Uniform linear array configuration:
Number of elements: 24
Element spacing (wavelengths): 0.25
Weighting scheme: exponential
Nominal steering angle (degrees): -45
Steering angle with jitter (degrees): -43.957
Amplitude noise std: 0.05
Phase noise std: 0.05

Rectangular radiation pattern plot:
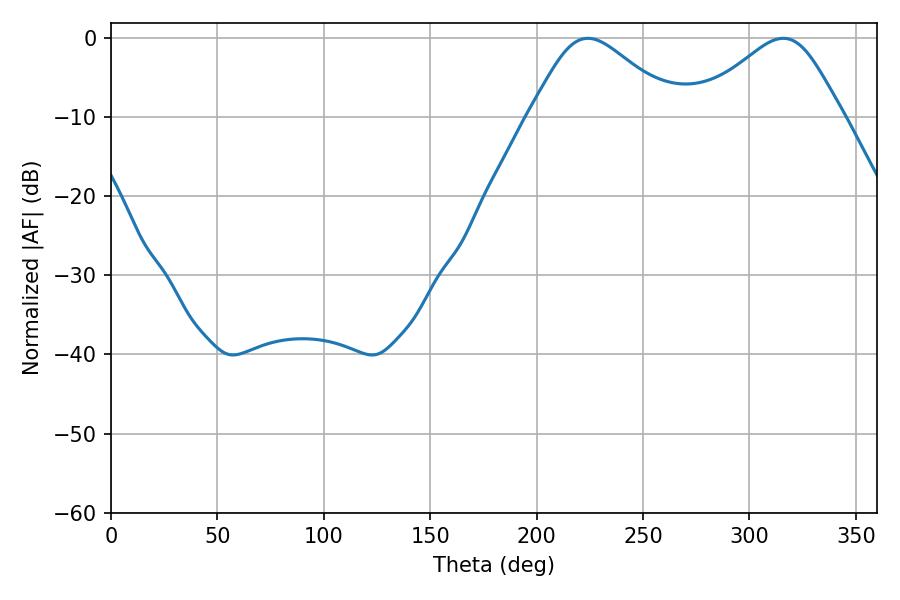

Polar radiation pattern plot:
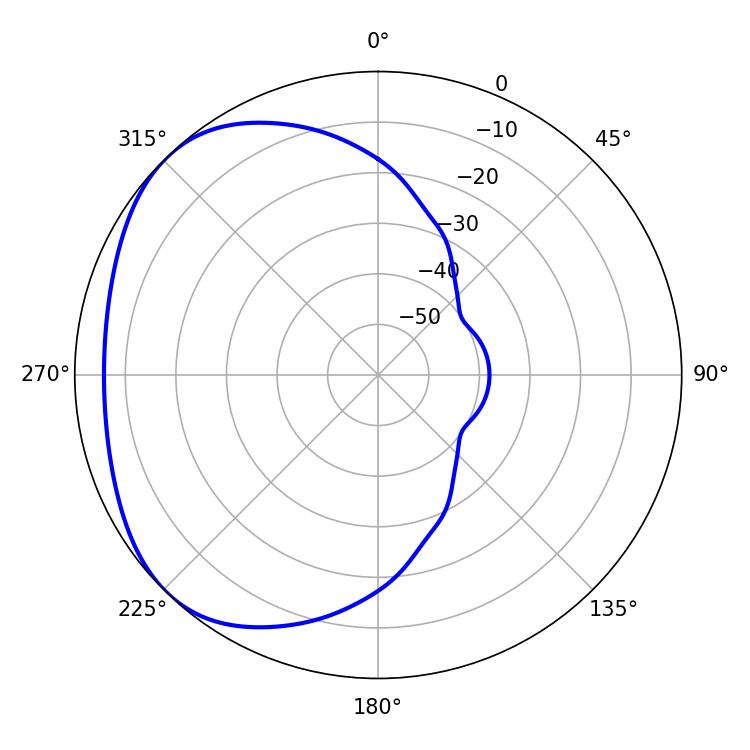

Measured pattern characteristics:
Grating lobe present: FALSE
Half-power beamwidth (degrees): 34.2
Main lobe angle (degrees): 224.1